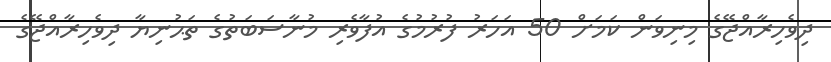
ދިވެހިރާއްޖޭގެ މިނިވަން ކަމަށް 50 އަހަރު ފުރުމުގެ އުފާވެރި މުނާސަބަތުގެ ތަޙުނިޔާ ދިވެހިރާއްޖޭގެ